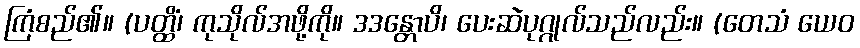
ကြံစည်၏။ (ပတ္ထိံ၊ ကုသိုလ်အဖို့ကို။ ဒဒန္တောပိ၊ ပေးဆဲပုဂ္ဂုလ်သည်လည်း။ (တေသံ ယေဝ